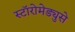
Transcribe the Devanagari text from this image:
स्टॉरोमेड्युसे